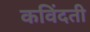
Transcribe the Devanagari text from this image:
कविंदती